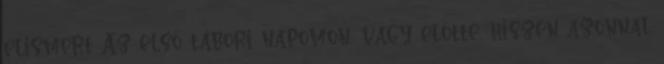
elismert Az első tábori napomon, vagy előtte, hiszen azonnal